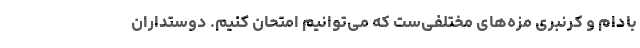
بادام و کرنبری مزه‌های مختلفی‌ست که می‌توانیم امتحان کنیم. دوستداران